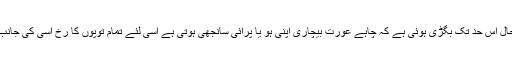
صورت حال اس حد تک بگڑی ہوئی ہے کہ چاہے عورت بیچاری اپنی ہو یا پرائی سانجھی ہوتی ہے اسی لئے تمام توپوں کا رخ اسی کی جانب رہتا ہے۔